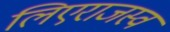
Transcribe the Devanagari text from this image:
लिएराजस्व